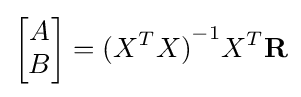
{\begin{bmatrix}A\\B\end{bmatrix}}={(X^{T}X)}^{-1}X^{T}\mathbf {R}